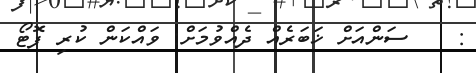
:    ސަންއަށް ޚަބަރެއް ދެއްވުމަށް: ވައްކަން ކުރި ފޮޓޯ